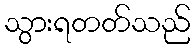
သွားရတတ်သည်